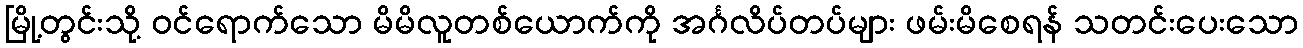
မြို့တွင်းသို့ ဝင်ရောက်သော မိမိလူတစ်ယောက်ကို အင်္ဂလိပ်တပ်များ ဖမ်းမိစေရန် သတင်းပေးသော